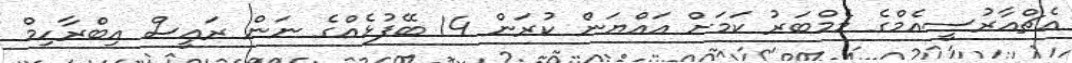
އެޗްއާރުސީއެމްގެ މެމްބަރު ކަމަށް އަައްޔަން ކުރަން 14 ބޭފުޅެއްގެ ނަން ރައީސް އިބްރާހިމް